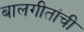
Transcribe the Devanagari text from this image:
बालगीतांची